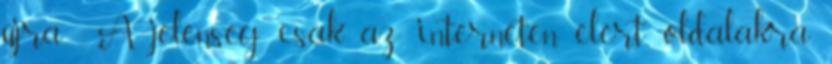
újra . A jelenség csak az interneten elért oldalakra